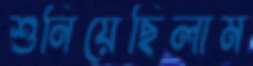
শুনিয়েছিলাম